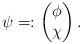
LaTeX: \begin{align*}\psi=:\begin{pmatrix}\phi\\\chi\end{pmatrix}.\end{align*}